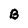
Character: B